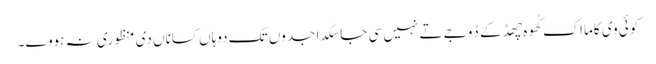
کوئی وی کاما اک کُھوہ چھڈ کے دُوجے تے نہیں سی جا سکدا جدوں تک دوہاں کساناں دی منظوری نہ ہووے۔